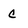
Character: C